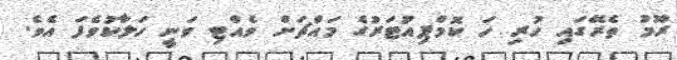
ރޫމު ތެރޭގައި ހުރި ހަ ކޮމްޕިއުޓަރުގެ މައްޗަށް ވެއްޓި ވަނީ ހަލާކުވެފަ އެވެ.